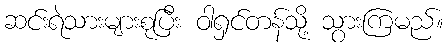
ဆင်းရဲသားများစုပြီး ဝါရှင်တန်သို့ သွားကြမည်။